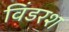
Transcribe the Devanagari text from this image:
विंडरश